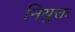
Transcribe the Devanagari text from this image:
नियुक्त